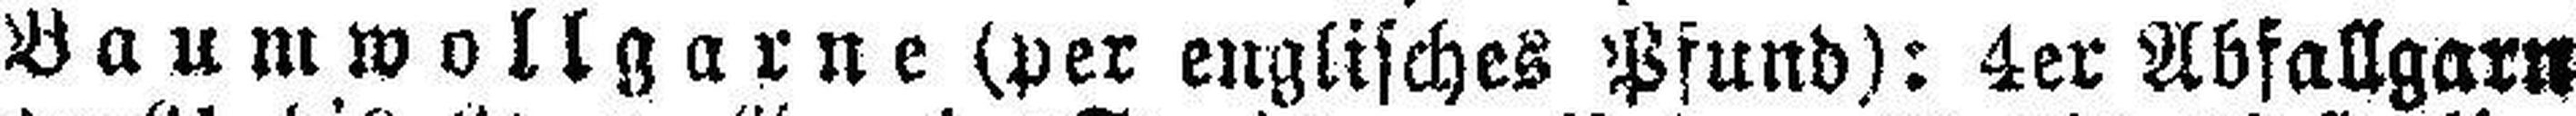
Baumwollgarne (per englisches Pfund): 4er Abfallgarn